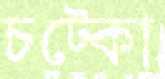
চট্‌কো